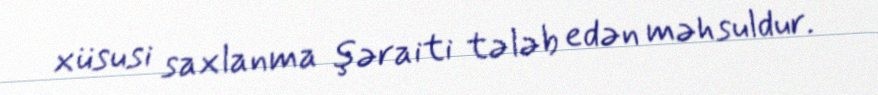
xüsusi saxlanma şəraiti tələb edən məhsuldur.